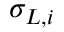
\sigma _ { L , i }